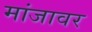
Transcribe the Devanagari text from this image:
मांजावर